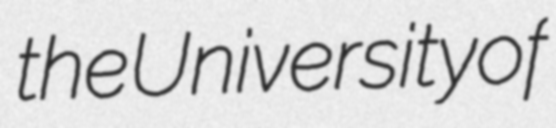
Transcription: the University of